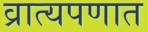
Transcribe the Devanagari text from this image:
व्रात्यपणात